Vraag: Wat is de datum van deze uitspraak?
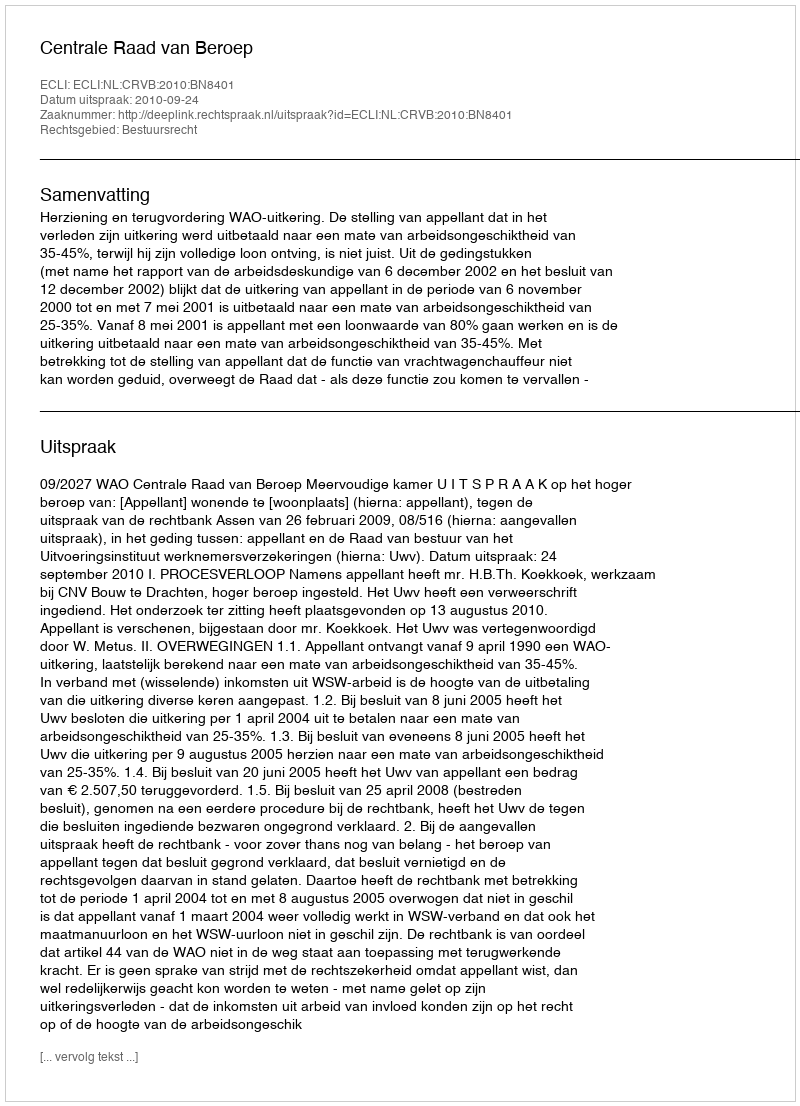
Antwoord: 2010-09-24